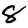
Digit: 8